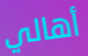
أهالي